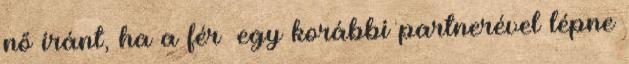
nő iránt, ha a férﬁ egy korábbi partnerével lépne